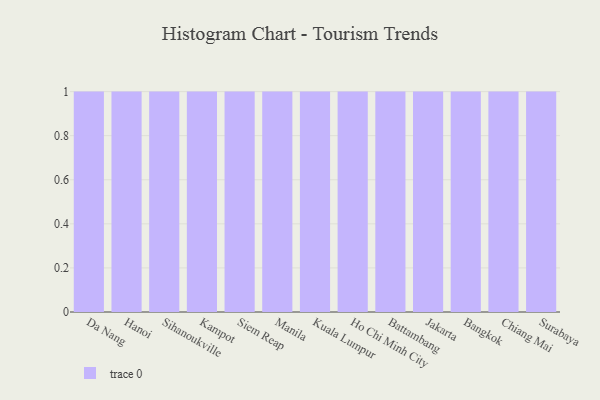
{"axis": {"x": "City", "y": "Conversion Rate (%)"}, "legend": [""], "data": [{"x": "Da Nang", "y": 81, "type": ""}, {"x": "Hanoi", "y": 21, "type": ""}, {"x": "Sihanoukville", "y": 89, "type": ""}, {"x": "Kampot", "y": 4, "type": ""}, {"x": "Siem Reap", "y": 79, "type": ""}, {"x": "Manila", "y": 69, "type": ""}, {"x": "Kuala Lumpur", "y": 72, "type": ""}, {"x": "Ho Chi Minh City", "y": 9, "type": ""}, {"x": "Battambang", "y": 91, "type": ""}, {"x": "Jakarta", "y": 92, "type": ""}, {"x": "Bangkok", "y": 57, "type": ""}, {"x": "Chiang Mai", "y": 69, "type": ""}, {"x": "Surabaya", "y": 77, "type": ""}]}